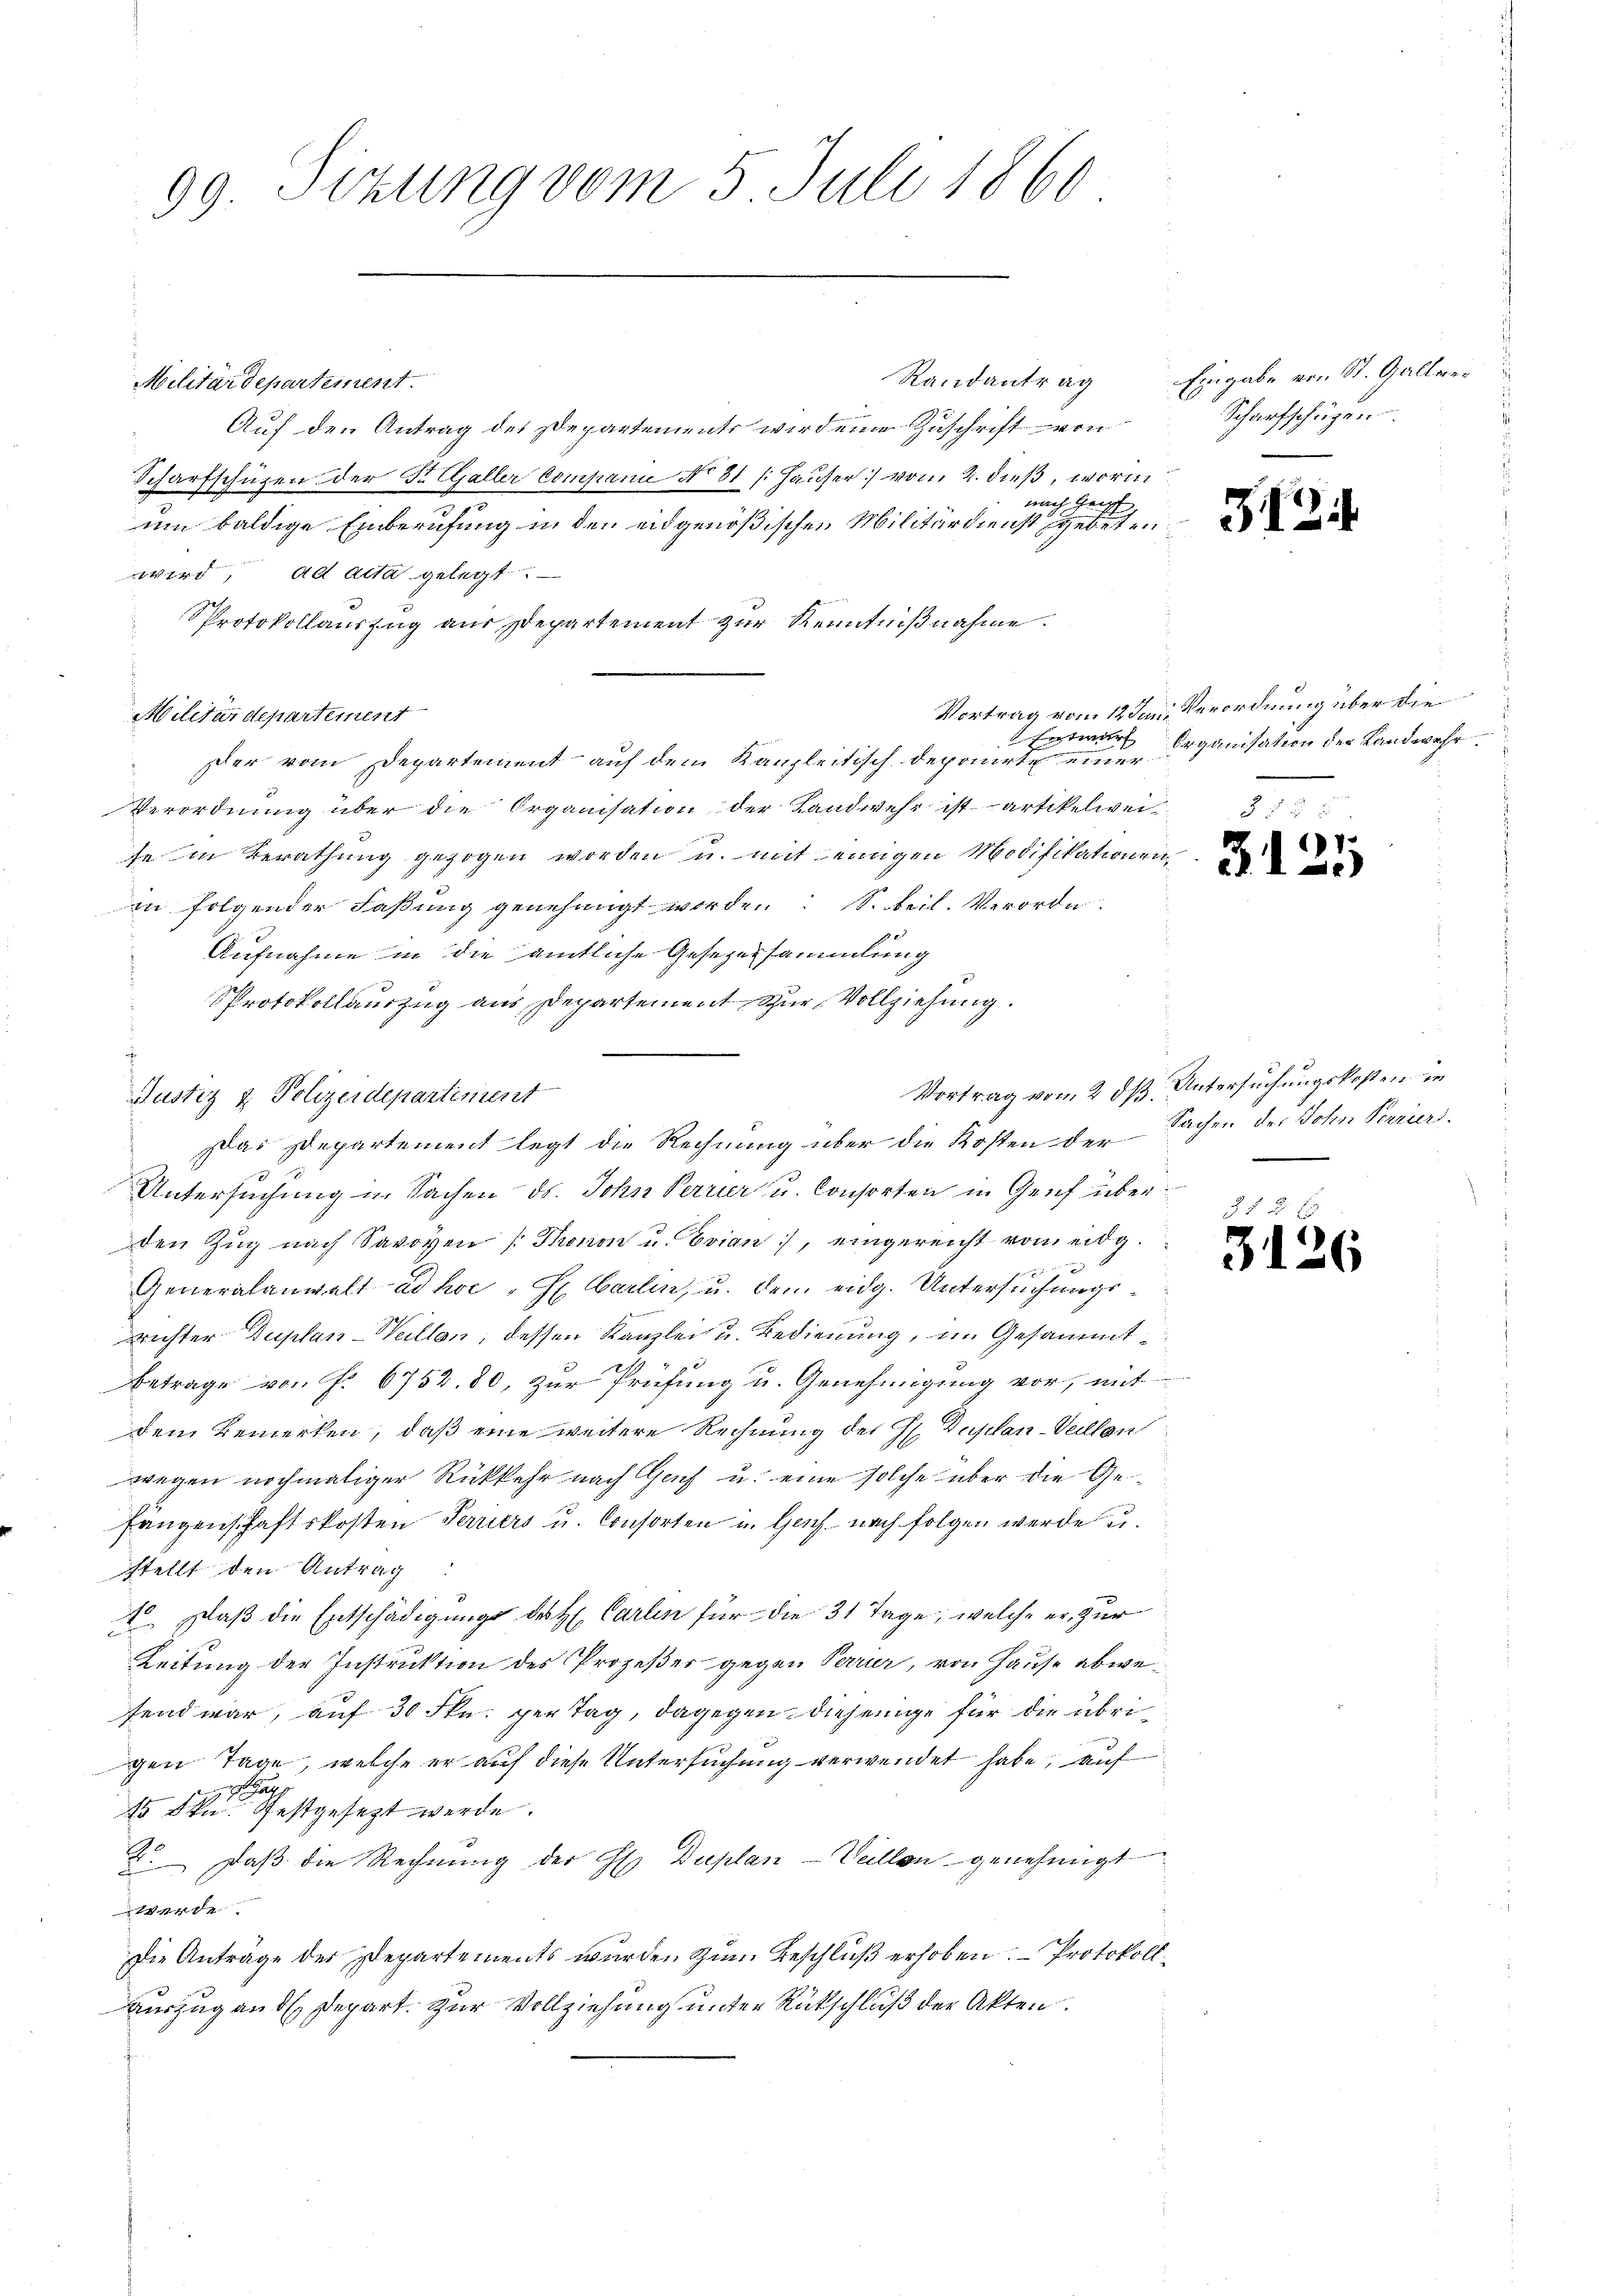
99 Sekung vom 5. Juli 1860

Militärdepartement.
Auf den Antrag des Departements wird eine Zuschrift von
Scharfschüzen der Fr. Galler Compani No 81 (Hauser) vom 2. dieß, worin
nach Grif
um baldige Einberufung in den eidgenößischen Militärdienst gebeten
wird, ad acta gelegt
PProtokollauszug aus Departement zur Kenntnißnahme.
Militärdepartement
Der vom Departement auf dem Kanzleitisch-deponirte einer
Verordnung über die Organisation der Landwehr ist artikelweife in Berathung gezogen worden u. mit einigen Modifikationen
in folgender Faßung genehmigt worden S. Beil. Verorde
.
Aufnahme in die amtliche Gesezessammlung
PProtokollauszug aus Departement zur Vollziehung.
Untersuchung in Sachen ds. John Perrier u. Consorten in Genf überden Zŭg nach Savoyen / Thronon u. Evian), eingereicht vom eidg.
Generalanwalt ad hoc "H. Carlin, u. dem eidg. Untersuchungs¬
Richter Duplan-Weillen, dessen Kanzlei u. Bedienung, im Gesammt¬
Betrage von f. 6752. 80, zur Prüfung u. Genehmigung vor, mit
dem Bemerken, daß eine weitere Rechnung des H. Duplan-Verlan
wegen nochmaliger Rückkehr nach Gach u. eine solche über die Gefängenschaftskosten Terriers u. Consorten u. Genf nach folgen werde u.
stellt den Antrag
1 Daß die Entschädigung des H. Carlin für die 31 Tage, welche er zur
Leitung der Instruktion des Prozeßes gegen Perrer, von Hause abwefend war, auf 30 Fkn. per Tag, dagegen diejenige für die übri
gen Tage, welche er auf diese Untersuchung verwendet habe, auf
Gay
15 dkg festgesezt werde.
2. daß die Rechnung der Hs. Duplan-Vallen genehmigt
werde
Die Anträge der Departements wurden zum Beschluß erhoben. Protokoll
Auszug and. Depart. Zur Vollziehung unter Rutschluß der Akten.

Justiz & Polizeidepartiment

Das Departement legt die Rechnung über die Kosten der

Randantrag Eingabe von St. Galler
Scharfschügen.

312.

Vortrag vom 12 Jan. Verordnung über die
Entwurf Organisation der Landwehr

31

Vortrag vom 2. dß. Untersuchungskosten in
Sachen des Sohn Perriers.

34.

17

6